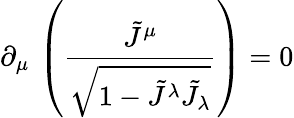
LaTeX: \partial_{\mu}\, \left(\frac{\tilde{J}^{\mu}}{\sqrt{1-\tilde{J}^{\lambda}\tilde{J}_{\lambda}}}\right)=0